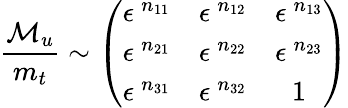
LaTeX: \frac{{\cal M}_{u}}{m_{t}}\sim\left(\begin{array}{ccc}{{\epsilon^{\: n_{11}}}}&{{\epsilon^{\: n_{12}}}}&{{\epsilon^{\: n_{13}}}}\\ {{\epsilon^{\: n_{21}}}}&{{\epsilon^{\: n_{22}}}}&{{\epsilon^{\: n_{23}}}}\\ {{\epsilon^{\: n_{31}}}}&{{\epsilon^{\: n_{32}}}}&{{1}}\end{array}\right)